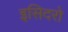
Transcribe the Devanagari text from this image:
इसिदरो